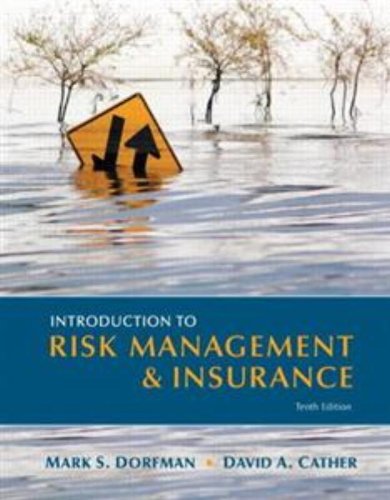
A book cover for Introduction to Risk Management and Insurance (10th Edition) (Prentice Hall Series in Finance); Mark S. Dorfman; Business & Money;